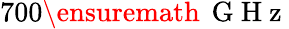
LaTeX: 700\ensuremath{\, \mathrm{~G~H~z~}}